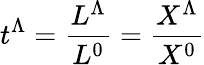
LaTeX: t^{\Lambda}={\frac{L^{\Lambda}}{L^{0}}}={\frac{X^{\Lambda}}{X^{0}}}